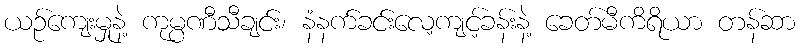
ယဉ်ကျေးမှုနဲ့ ကုမ္ပဏီသီချင်း၊ နံနက်ခင်းလေ့ကျင့်ခန်းနဲ့ ခေတ်မီကိရိယာ တန်ဆာ